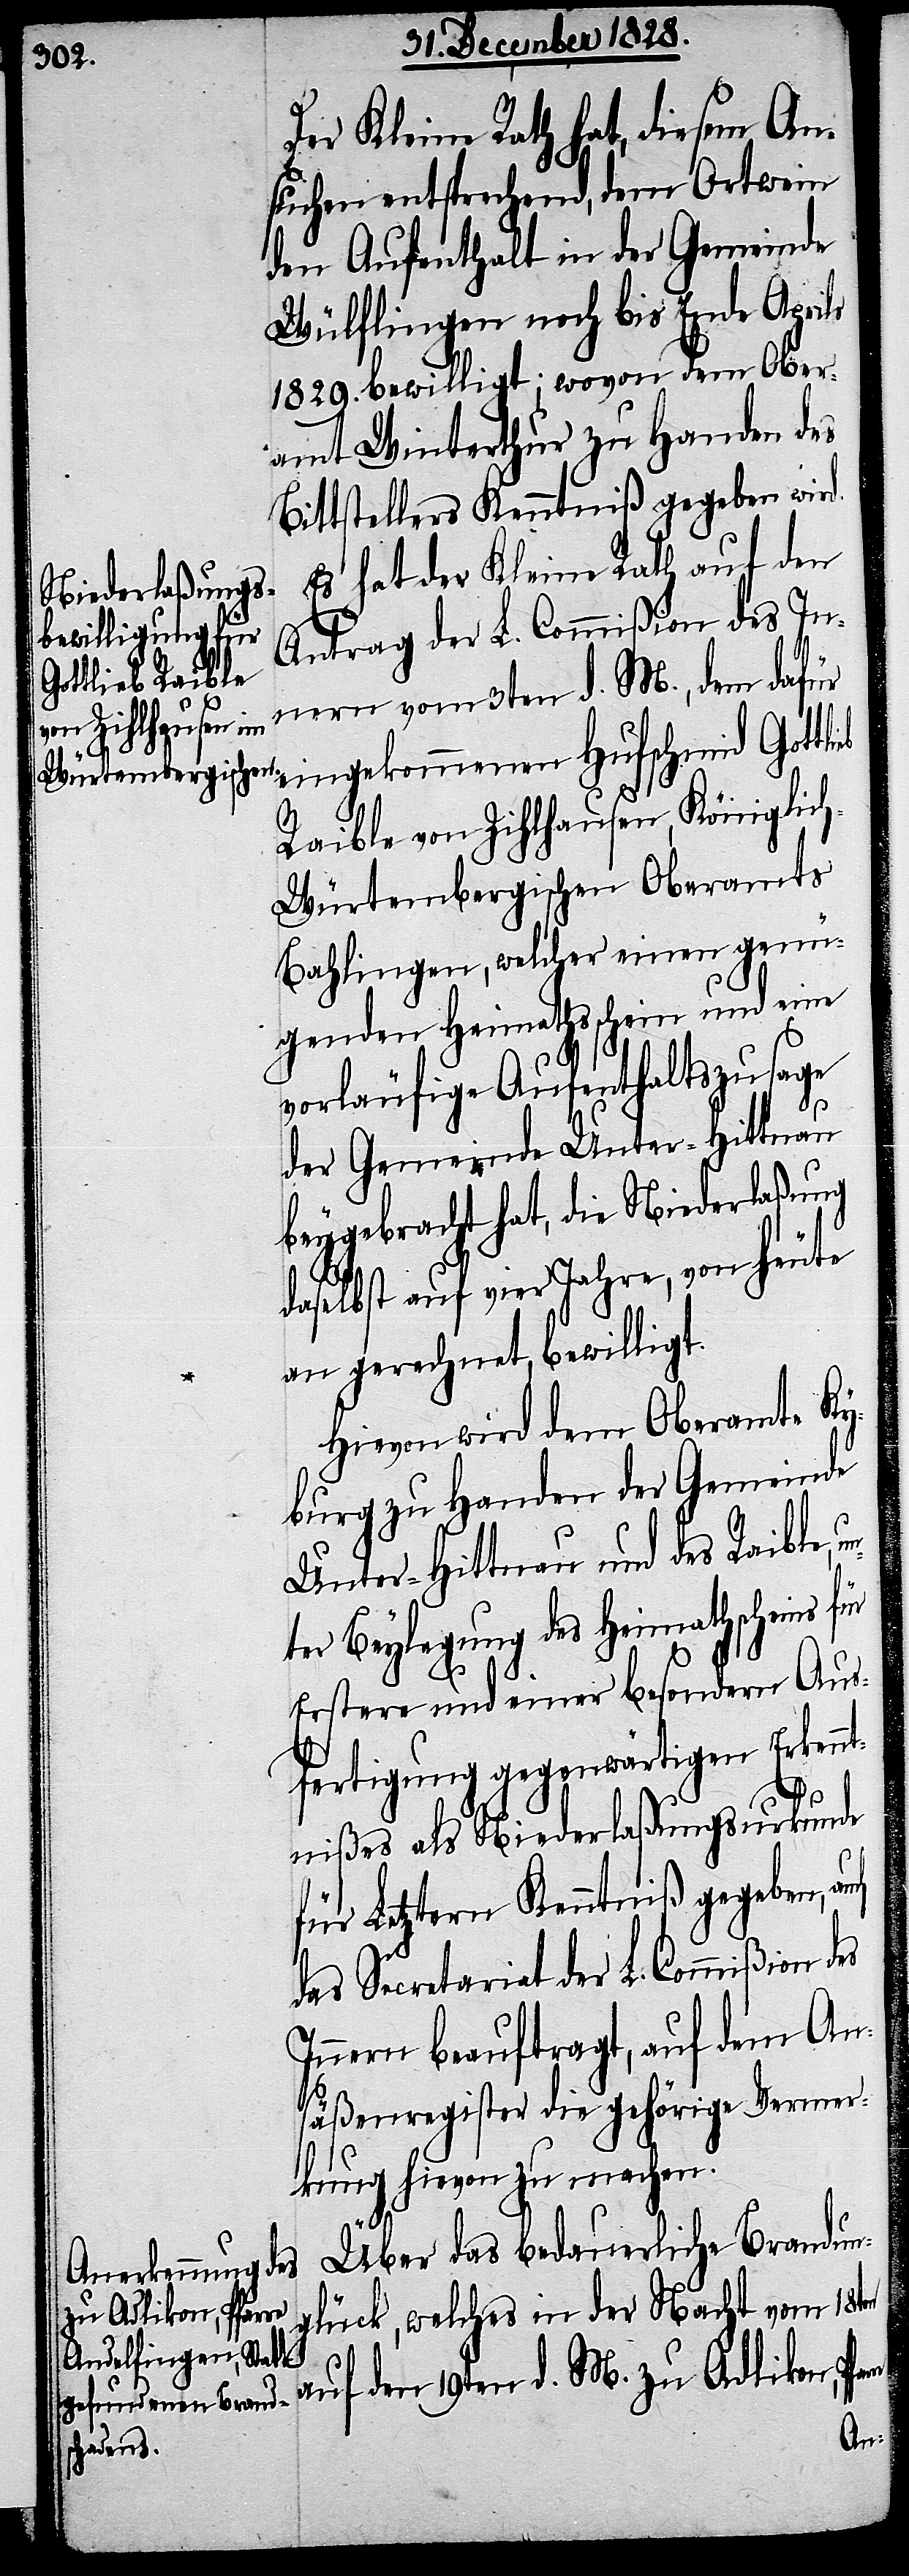
Der Kleine Rath hat, diesem An¬
suchen entsprechend, dem Ortwein
den Aufenthalt in der Gemeinde
Wülflingen noch bis Ende Aprils
1829. bewilligt; wovon dem Ober¬
amt Winterthur zu Handen des
Bittstellers Kenntniß gegeben wird.
Es hat der Kleine Rath auf den
Antrag der L. Commißion des In¬
nern vom 3ten d. M., dem dafür
eingekommenen
Raible von Zihlhausen, Königlic¬
h-Würtembergischen Oberamts
Bahlingen, welcher einen genü¬
genden Heimathsschein und eine
vorläufige Aufenthaltszusage
der Gemeinde Unter-Hittnau
beygebracht hat, die Niederlaßung
daselbst auf vier Jahre, von heute
an gerechnet, bewilligt.
Hievon wird dem Oberamte Ky¬
burg zu Handen der Gemeinde
Unter-Hittnau und des Raible,
ter Beylegung des Heimathscheins
Erstere und einer besondern Aus¬
fertigung gegenwärtigen Erkennt¬
nißes als Niederlaßungsurkunde
für Letztern Kenntniß gegeben,
das Secretariat der L. Commißion des
Innern beauftragt, auf dem An¬
säßenregister die gehörige Vermer¬
kung hievon zu machen.
Über das bedauerliche Brandun¬
glück, welches in der Nacht vom 18ten
auf den 19ten d. M. zu Adlikon,
un¬